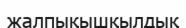
жалпықышқылдық